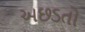
અછડતો